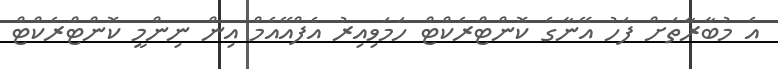
އެ މުބާރާތަށް ފަހު އޭނާގެ ކޮންޓްރެކްޓް ހަމަވިއިރު އެފްއޭއެމް އިން ނިންމީ ކޮންޓްރެކްޓް